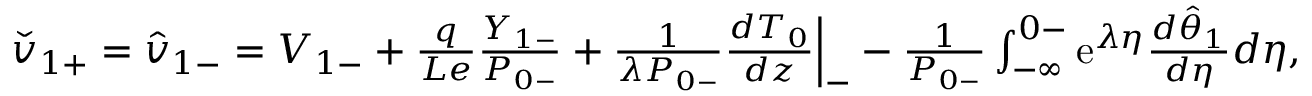
\begin{array} { r } { \check { v } _ { 1 + } = \hat { v } _ { 1 - } = V _ { 1 - } + \frac { q } { L e } \frac { Y _ { 1 - } } { P _ { 0 - } } + \frac { 1 } { \lambda P _ { 0 - } } \frac { d T _ { 0 } } { d z } \Big | _ { - } - \frac { 1 } { P _ { 0 - } } \int _ { - \infty } ^ { 0 - } \mathrm { e } ^ { \lambda \eta } \frac { d \hat { \theta } _ { 1 } } { d \eta } d \eta , } \end{array}